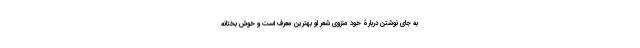
به جای نوشتن دربارۀ خود منزوی شعر او بهترین معرف است و خوش بختانه